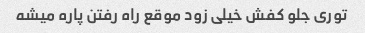
توری جلو کفش خیلی زود موقع راه رفتن پاره میشه